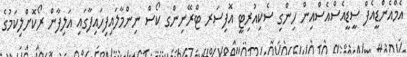
އެމްއެންޑީއެފް ސީޑީއެސްއެސްއިން ހިންގި ސެކިއުރިޓީ އޮފިސަރ ޓްރޭނިންގ ކޯސް ނިންމާލައިފިހައިފާގައި އަލިފާން ރޯކޮށްލިކަމުގެ